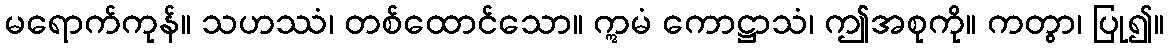
မရောက်ကုန်။ သဟဿံ၊ တစ်ထောင်သော။ ဣမံ ကောဋ္ဌာသံ၊ ဤအစုကို။ ကတွာ၊ ပြု၍။